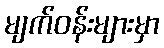
မျက်ဝန်းများမှာ